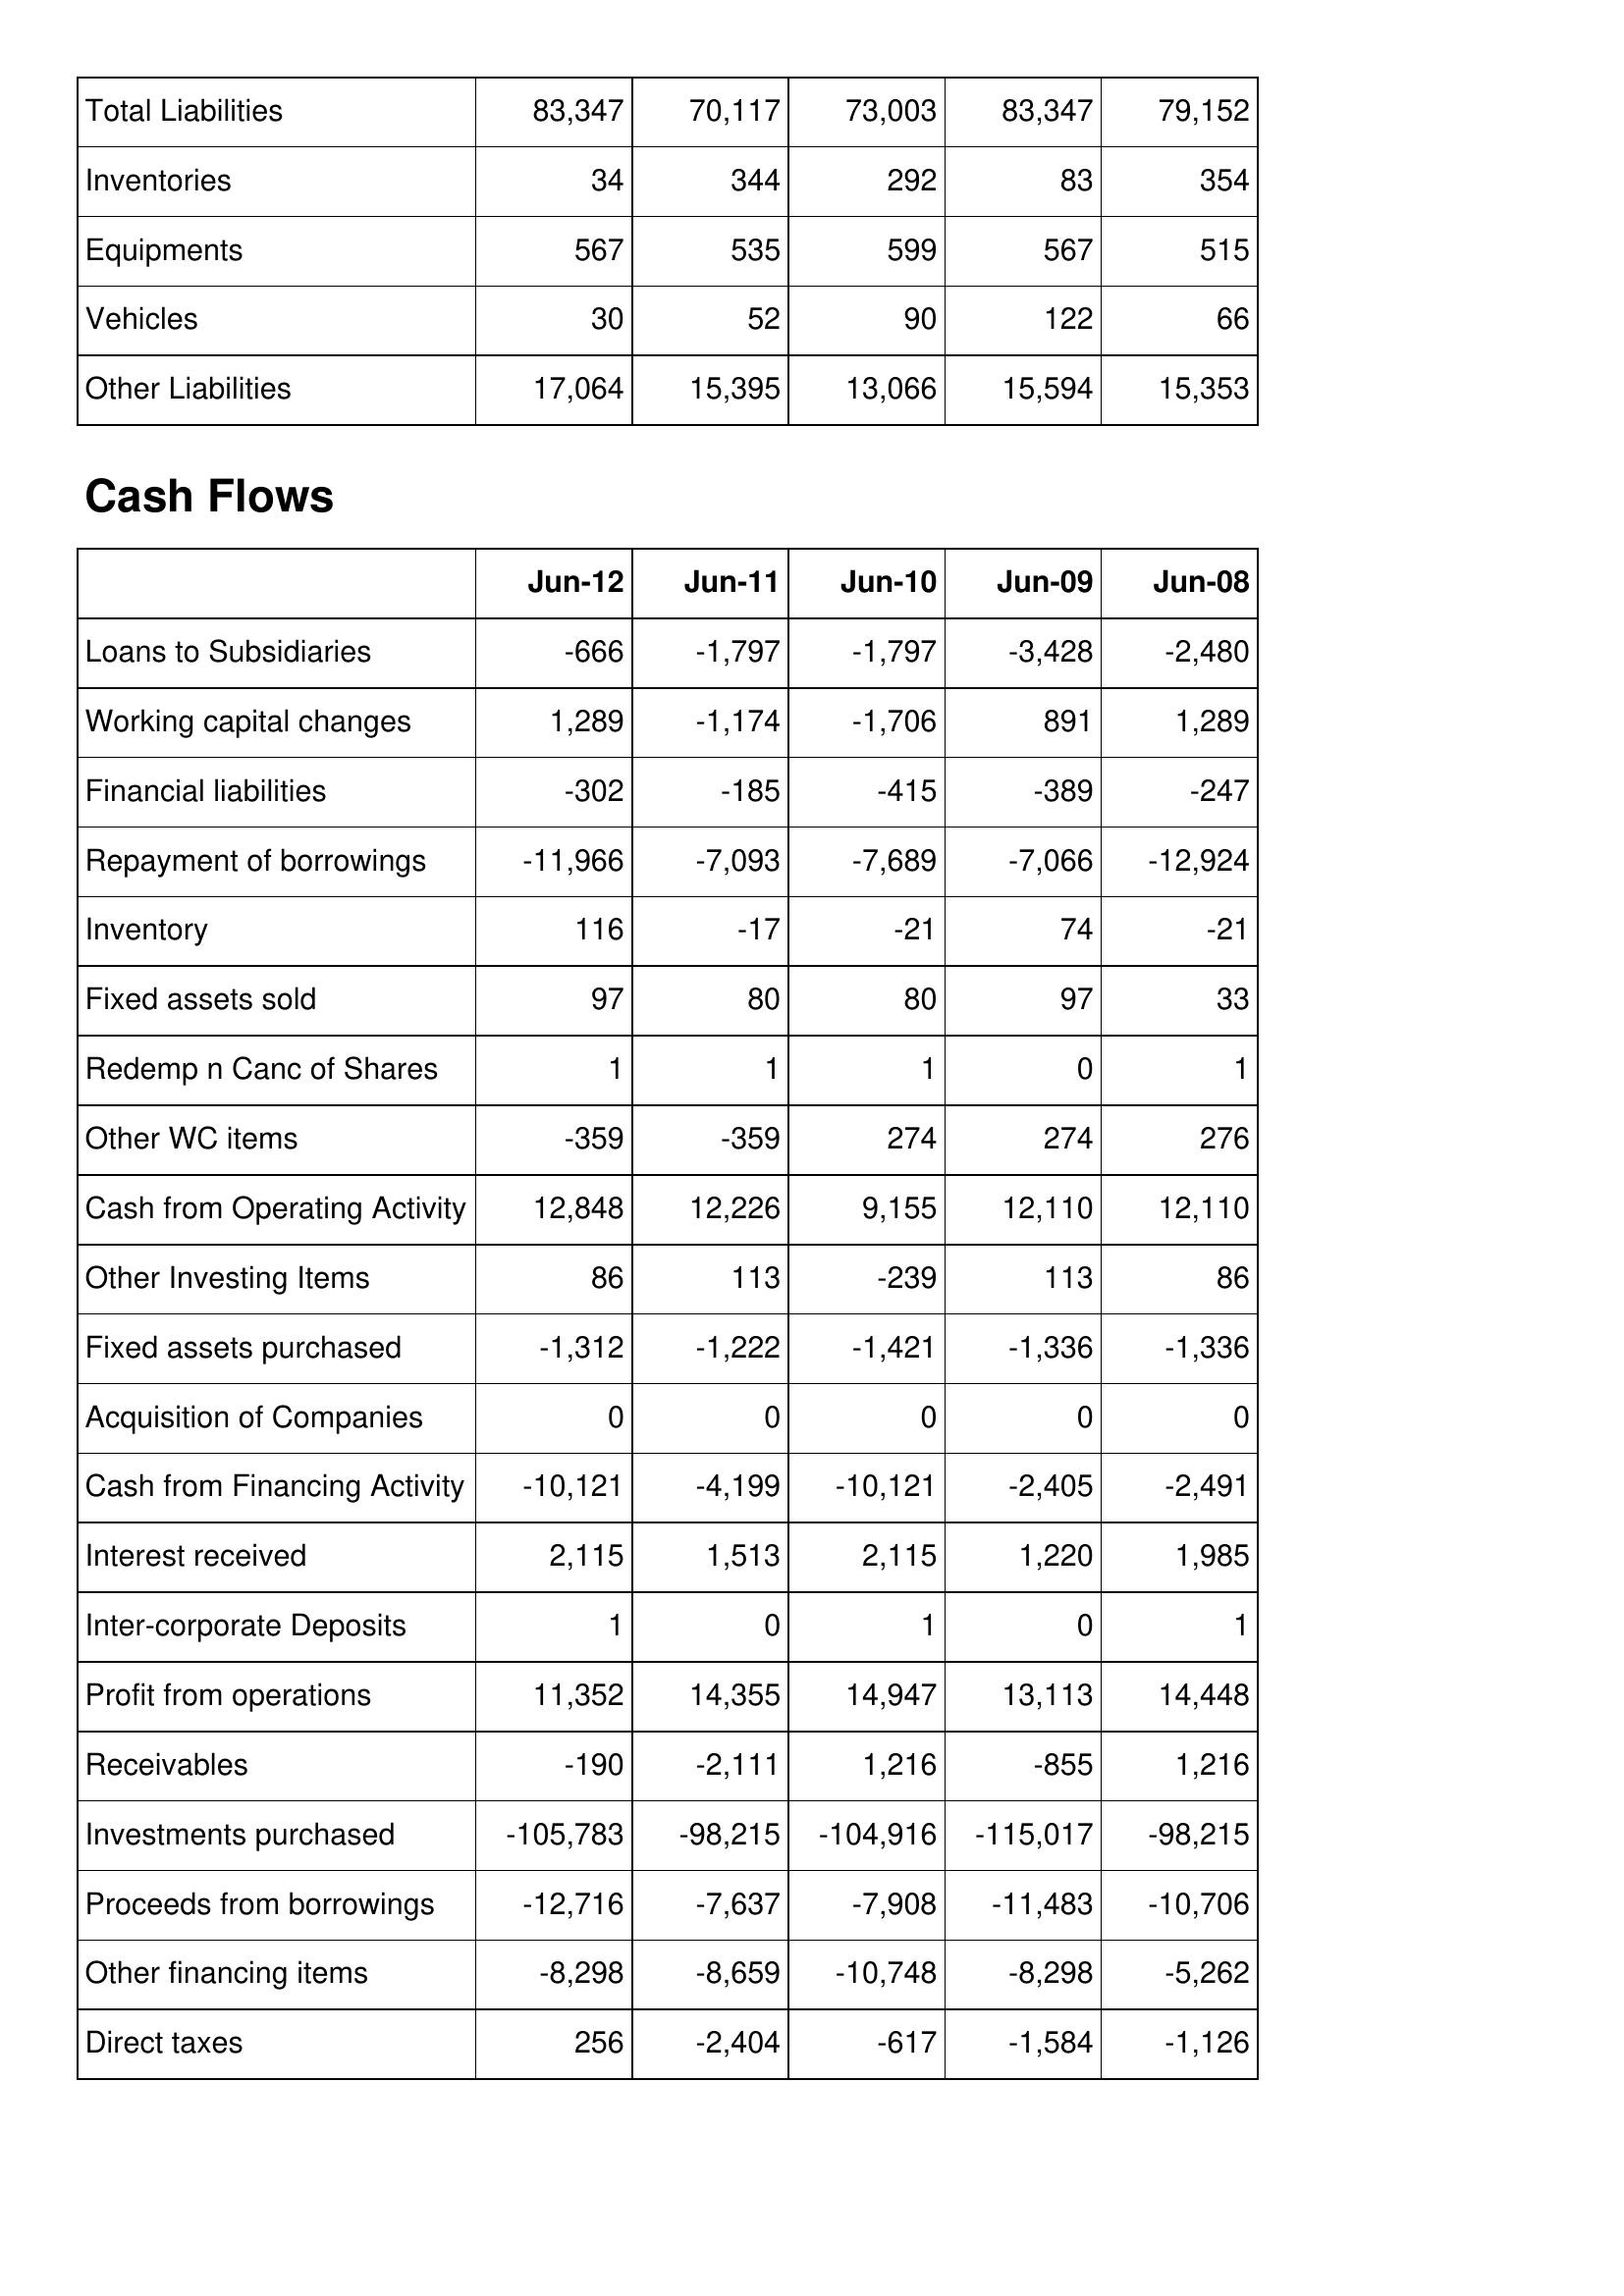
Jun-12: Balance Sheet: Total Liabilities: 83,347
Inventories: 34
Equipments: 567
Vehicles: 30
Other Liabilities: 17,064
Cash Flows: Loans to Subsidiaries: -666
Working capital changes: 1,289
Financial liabilities: -302
Repayment of borrowings: -11,966
Inventory: 116
Fixed assets sold: 97
Redemp n Canc of Shares: 1
Other WC items: -359
Cash from Operating Activity: 12,848
Other Investing Items: 86
Fixed assets purchased: -1,312
Acquisition of Companies: 0
Cash from Financing Activity: -10,121
Interest received: 2,115
Inter-corporate Deposits: 1
Profit from operations: 11,352
Receivables: -190
Investments purchased: -105,783
Proceeds from borrowings: -12,716
Other financing items: -8,298
Direct taxes: 256
Jun-11: Balance Sheet: Total Liabilities: 70,117
Inventories: 344
Equipments: 535
Vehicles: 52
Other Liabilities: 15,395
Cash Flows: Loans to Subsidiaries: -1,797
Working capital changes: -1,174
Financial liabilities: -185
Repayment of borrowings: -7,093
Inventory: -17
Fixed assets sold: 80
Redemp n Canc of Shares: 1
Other WC items: -359
Cash from Operating Activity: 12,226
Other Investing Items: 113
Fixed assets purchased: -1,222
Acquisition of Companies: 0
Cash from Financing Activity: -4,199
Interest received: 1,513
Inter-corporate Deposits: 0
Profit from operations: 14,355
Receivables: -2,111
Investments purchased: -98,215
Proceeds from borrowings: -7,637
Other financing items: -8,659
Direct taxes: -2,404
Jun-10: Balance Sheet: Total Liabilities: 73,003
Inventories: 292
Equipments: 599
Vehicles: 90
Other Liabilities: 13,066
Cash Flows: Loans to Subsidiaries: -1,797
Working capital changes: -1,706
Financial liabilities: -415
Repayment of borrowings: -7,689
Inventory: -21
Fixed assets sold: 80
Redemp n Canc of Shares: 1
Other WC items: 274
Cash from Operating Activity: 9,155
Other Investing Items: -239
Fixed assets purchased: -1,421
Acquisition of Companies: 0
Cash from Financing Activity: -10,121
Interest received: 2,115
Inter-corporate Deposits: 1
Profit from operations: 14,947
Receivables: 1,216
Investments purchased: -104,916
Proceeds from borrowings: -7,908
Other financing items: -10,748
Direct taxes: -617
Jun-09: Balance Sheet: Total Liabilities: 83,347
Inventories: 83
Equipments: 567
Vehicles: 122
Other Liabilities: 15,594
Cash Flows: Loans to Subsidiaries: -3,428
Working capital changes: 891
Financial liabilities: -389
Repayment of borrowings: -7,066
Inventory: 74
Fixed assets sold: 97
Redemp n Canc of Shares: 0
Other WC items: 274
Cash from Operating Activity: 12,110
Other Investing Items: 113
Fixed assets purchased: -1,336
Acquisition of Companies: 0
Cash from Financing Activity: -2,405
Interest received: 1,220
Inter-corporate Deposits: 0
Profit from operations: 13,113
Receivables: -855
Investments purchased: -115,017
Proceeds from borrowings: -11,483
Other financing items: -8,298
Direct taxes: -1,584
Jun-08: Balance Sheet: Total Liabilities: 79,152
Inventories: 354
Equipments: 515
Vehicles: 66
Other Liabilities: 15,353
Cash Flows: Loans to Subsidiaries: -2,480
Working capital changes: 1,289
Financial liabilities: -247
Repayment of borrowings: -12,924
Inventory: -21
Fixed assets sold: 33
Redemp n Canc of Shares: 1
Other WC items: 276
Cash from Operating Activity: 12,110
Other Investing Items: 86
Fixed assets purchased: -1,336
Acquisition of Companies: 0
Cash from Financing Activity: -2,491
Interest received: 1,985
Inter-corporate Deposits: 1
Profit from operations: 14,448
Receivables: 1,216
Investments purchased: -98,215
Proceeds from borrowings: -10,706
Other financing items: -5,262
Direct taxes: -1,126